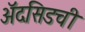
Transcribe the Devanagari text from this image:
ॲदसिडची